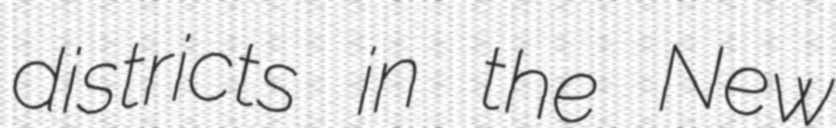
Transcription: districts in the New